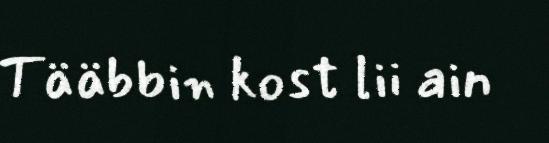
Tääbbin kost lii ain